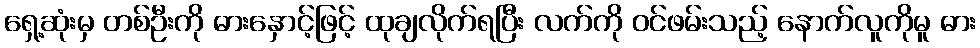
ရှေ့ဆုံးမှ တစ်ဦးကို ဓားနှောင့်ဖြင့် ထုချလိုက်ရပြီး လက်ကို ဝင်ဖမ်းသည့် နောက်လူကိုမူ ဓား